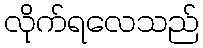
လိုက်ရလေသည်